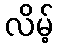
လိမ့်